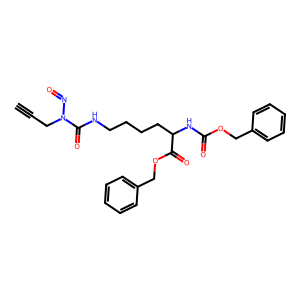
SMILES: C#CCN(N=O)C(=O)NCCCCC(NC(=O)OCc1ccccc1)C(=O)OCc1ccccc1
Inhibits HIV replication: No